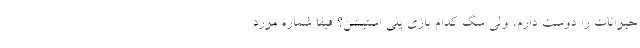
حیوانات را دوست دارم، ولی سگ کدام بازی پلی استیشن؟ فیفا شماره مورد